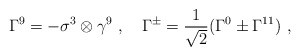
\begin{align*}\Gamma^9= -\sigma^3 \otimes \gamma^9~,~~~ \Gamma^{\pm} = \frac{1}{\sqrt{2}}(\Gamma^0 \pm \Gamma^{11})~,\end{align*}